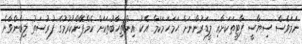
ނަމަވެސް ސިޔާސީ ޕާޓީތަކަށާއި ލީޑަރުންނަށް ހަމަހަމަކަމާ އެކު އިންތިހާބުތަކަށް ކެމްޕޭންކުރުމުގެ ފުރުސަތު ލިބެންވާނެ